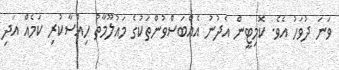
ވަނަ ދުވަހު އެވެެ. ކޮމިޓީން އެދުނު އެއްބަސްވުންތަކުގެ މައުލޫމާތު ހިއްސާކުރި ކަމެއް އަދި